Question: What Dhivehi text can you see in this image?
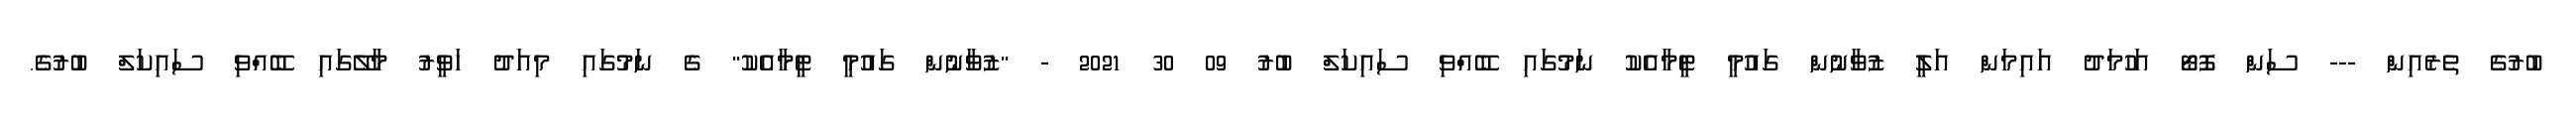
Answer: ބުރުގެ ތެރެއިން --- ސަން ފޮޓޯ އަހުމަދު އައިމަން އަލީ ޒުވާނުން ގައުމީ ޓީމާއެކު ނަމުގައި ބޭއްވި ސައިކަލް ބުރު 09 30 2021 - "ޒުވާނުން ގައުމީ ޓީމާއެކު" ގެ ނަމުގައި މިއަދު ހަވީރު މާލޭގައި ބޭއްވި ސައިކަލް ބުރުގެ.